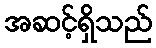
အဆင့်ရှိသည်